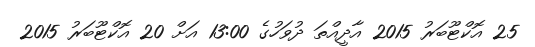
25 އޮކްޓޫބަރު 2015 އާދީއްތަ ދުވަހުގެ 13:00 އަށް 20 އޮކްޓޫބަރު 2015